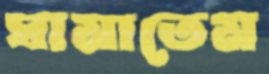
ঘামাতেম